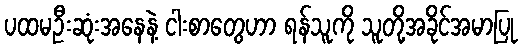
ပထမဦးဆုံးအနေနဲ့ ငါးစာတွေဟာ ရန်သူကို သူတို့အခိုင်အမာပြု